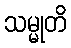
သမ္မုတိ